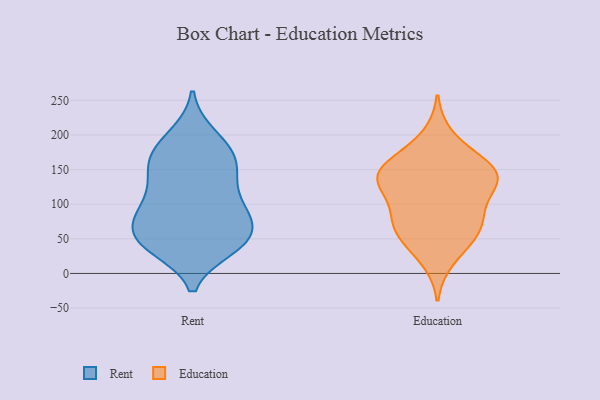
{"axis": {"x": "Satisfaction Score", "y": "Value"}, "legend": ["Education", "Rent"], "data": [{"x": "", "y": 98, "type": "Rent"}, {"x": "", "y": 46, "type": "Rent"}, {"x": "", "y": 165, "type": "Rent"}, {"x": "", "y": 104, "type": "Rent"}, {"x": "", "y": 78, "type": "Rent"}, {"x": "", "y": 80, "type": "Rent"}, {"x": "", "y": 199, "type": "Rent"}, {"x": "", "y": 172, "type": "Rent"}, {"x": "", "y": 40, "type": "Rent"}, {"x": "", "y": 47, "type": "Rent"}, {"x": "", "y": 151, "type": "Rent"}, {"x": "", "y": 92, "type": "Rent"}, {"x": "", "y": 38, "type": "Rent"}, {"x": "", "y": 163, "type": "Rent"}, {"x": "", "y": 145, "type": "Rent"}, {"x": "", "y": 46, "type": "Rent"}, {"x": "", "y": 128, "type": "Rent"}, {"x": "", "y": 192, "type": "Rent"}, {"x": "", "y": 50, "type": "Rent"}, {"x": "", "y": 73, "type": "Rent"}, {"x": "", "y": 69, "type": "Education"}, {"x": "", "y": 48, "type": "Education"}, {"x": "", "y": 125, "type": "Education"}, {"x": "", "y": 20, "type": "Education"}, {"x": "", "y": 149, "type": "Education"}, {"x": "", "y": 142, "type": "Education"}, {"x": "", "y": 165, "type": "Education"}, {"x": "", "y": 198, "type": "Education"}, {"x": "", "y": 51, "type": "Education"}, {"x": "", "y": 149, "type": "Education"}, {"x": "", "y": 122, "type": "Education"}, {"x": "", "y": 134, "type": "Education"}, {"x": "", "y": 81, "type": "Education"}, {"x": "", "y": 159, "type": "Education"}, {"x": "", "y": 128, "type": "Education"}, {"x": "", "y": 84, "type": "Education"}, {"x": "", "y": 73, "type": "Education"}]}